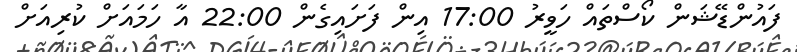
ފައުންޑޭޝަން ކޯސްތައް ހަވީރު 17:00 އިން ފަށައިގެން 22:00 އާ ހަމައަށް ކުރިއަށް